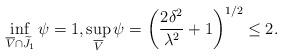
LaTeX: \begin{align*}\inf_{\overline V\cap\widetilde J_{1}} \psi=1, \sup_{\overline V} \psi=\left(\frac{2 \delta^2}{\lambda^2} +1\right)^{1/2} \leq 2.\end{align*}